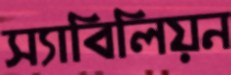
স্যাবিলিয়ন